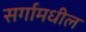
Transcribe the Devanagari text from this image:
सर्गामधील